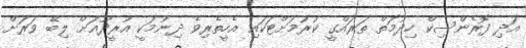
އަދި ފޮރެންސިކް ހިދުމަތް ތަރައްގީ ކުރުމަށްޓަކައި އެހީތެރިވެ ދިނުމަކީ އުރީދޫއަށް ލިބޭ ވަރަށް